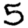
Digit: 5